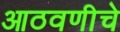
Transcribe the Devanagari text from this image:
आठवणीचे